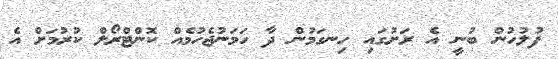
ފުލުހުން ބުނީ އެ ރަށުގައި ހިނގަމުން ދާ ހަމަނުޖެހުމެއް ކޮންޓްރޯލް ކުރުމަށް އެ